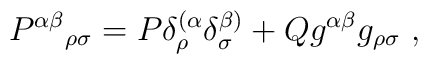
{P^{\alpha\beta}}_{\rho\sigma}=P\delta^{(\alpha}_{\rho}\delta^{\beta)}_{\sigma}+Q g^{\alpha\beta}g_{\rho\sigma}\ ,